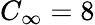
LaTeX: C_{\infty}=8